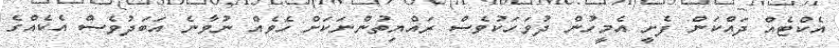
އެކްޓެއް ދައްކަން ފެށީ އެމީހުން ދުވަހަކުވެސް ރައްޔިތުންނަކަށް ހެވެއް ނުވާނެ އަބަދުވެސް އެކެއްގެ